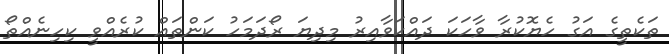
ތަކެތީގެ އަގު ހެޔޮކުރާ ވާހަކަ ދައްކަވާއިރު މިދިޔަ ރޯދަމަހު ކަންތައް ކުރެއްވީ ކިހިނެއްތޯ